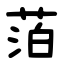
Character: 萡